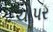
ચોપર